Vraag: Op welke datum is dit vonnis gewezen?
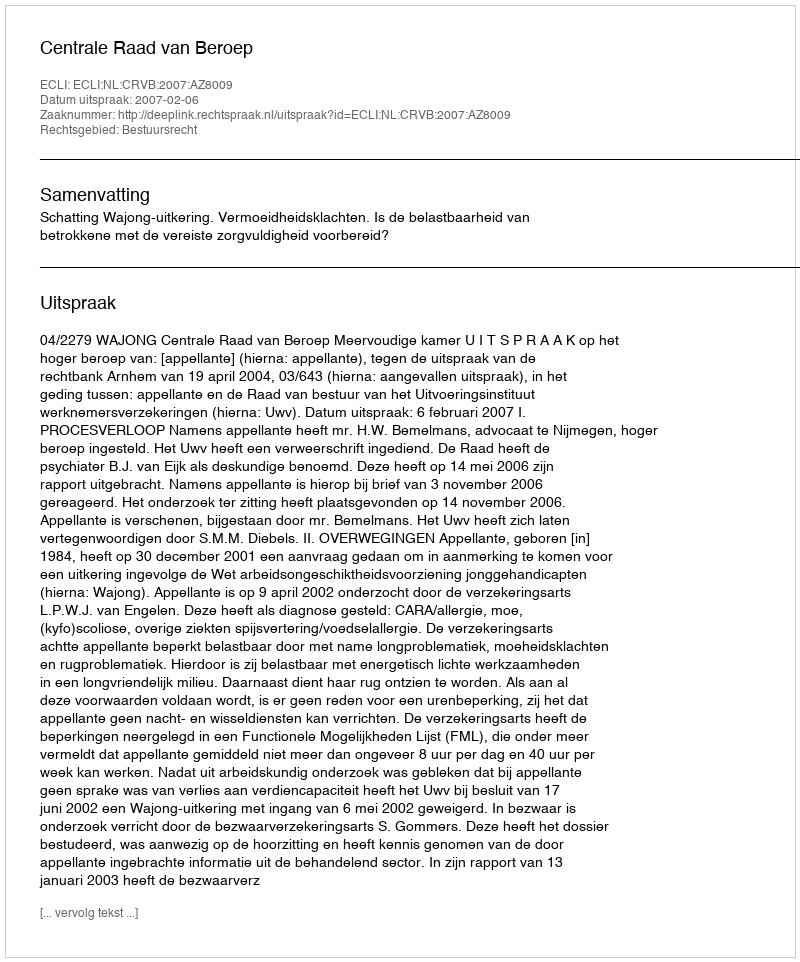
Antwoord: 2007-02-06